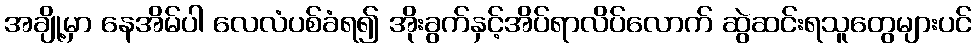
အချို့မှာ နေအိမ်ပါ လေလံပစ်ခံရ၍ အိုးခွက်နှင့်အိပ်ရာလိပ်လောက် ဆွဲဆင်းရသူတွေများပင်